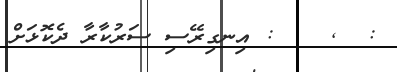
: